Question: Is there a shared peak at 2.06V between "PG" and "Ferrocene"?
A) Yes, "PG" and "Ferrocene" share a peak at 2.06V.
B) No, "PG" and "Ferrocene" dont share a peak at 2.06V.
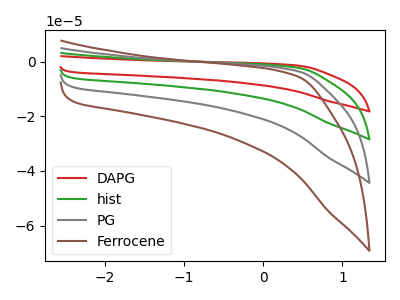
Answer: <think>The red curve "DAPG" has no peaks. The green curve "hist" has no peaks. The gray curve "PG" has no peaks. The brown curve "Ferrocene" has no peaks.</think>
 <answer>B) No, "PG" and "Ferrocene" dont share a peak at 2.06V.</answer>
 <eval>B</eval>